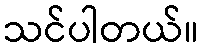
သင်ပါတယ်။